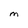
Character: M